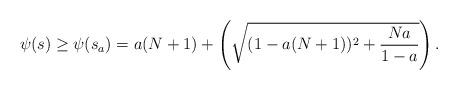
LaTeX: \begin{align*}\psi(s) \geq \psi(s_a) = a(N+1) + \left( \sqrt{(1-a(N+1))^2 +\frac{Na}{1-a}}\right).\end{align*}